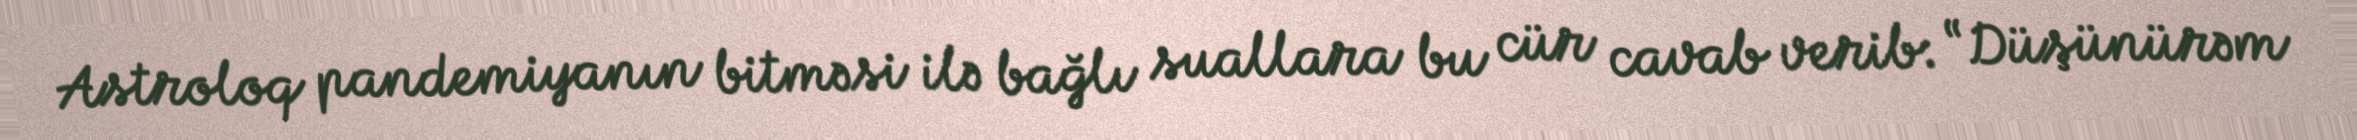
Astroloq pandemiyanın bitməsi ilə bağlı suallara bu cür cavab verib: “Düşünürəm